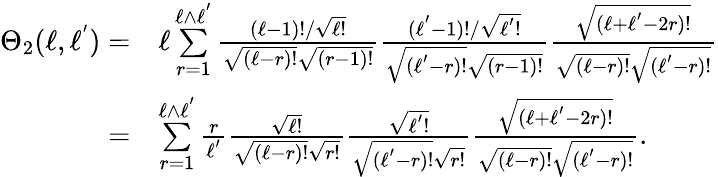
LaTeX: \begin{array}{rl}{\Theta_{2}(\ell,\ell^{'})=}&{\ell\overset{\ell\wedge\ell^{'}}{\underset{r=1}{\sum}}\frac{(\ell-1)!/\sqrt{\ell!}}{\sqrt{(\ell-r)!}\sqrt{(r-1)!}}\frac{(\ell^{'}-1)!/\sqrt{\ell^{'}!}}{\sqrt{(\ell^{'}-r)!}\sqrt{(r-1)!}}\frac{\sqrt{(\ell+\ell^{'}-2r)!}}{\sqrt{(\ell-r)!}\sqrt{(\ell^{'}-r)!}}}\\ {=}&{\overset{\ell\wedge\ell^{'}}{\underset{r=1}{\sum}}\frac{r}{\ell^{'}}\frac{\sqrt{\ell!}}{\sqrt{(\ell-r)!}\sqrt{r!}}\frac{\sqrt{\ell^{'}!}}{\sqrt{(\ell^{'}-r)!}\sqrt{r!}}\frac{\sqrt{(\ell+\ell^{'}-2r)!}}{\sqrt{(\ell-r)!}\sqrt{(\ell^{'}-r)!}}.}\end{array}